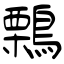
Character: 鷅